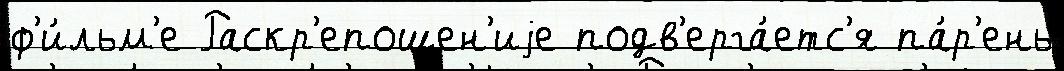
ф'и́льм'е Раскр'епощен'иjе подв'ерга́етс'я па́р'ень